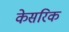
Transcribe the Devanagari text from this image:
केसरिक